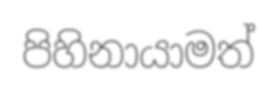
පිහිනායාමත්